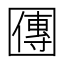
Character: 𡈬